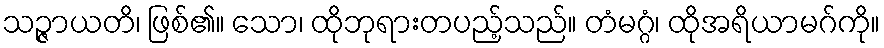
သဉ္ဇာယတိ၊ ဖြစ်၏။ သော၊ ထိုဘုရားတပည့်သည်။ တံမဂ္ဂံ၊ ထိုအရိယာမဂ်ကို။